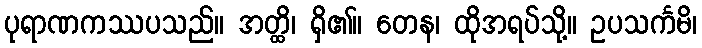
ပုရာဏကဿပသည်။ အတ္ထိ၊ ရှိ၏။ တေန၊ ထိုအရပ်သို့။ ဥပသင်္ကမိ၊